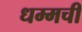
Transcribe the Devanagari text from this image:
धम्मची